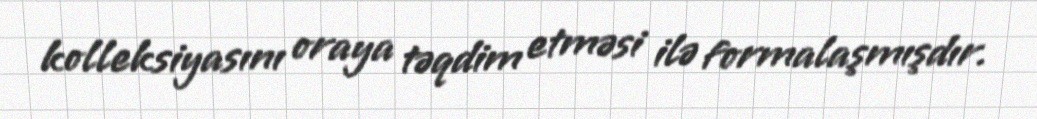
kolleksiyasını oraya təqdim etməsi ilə formalaşmışdır.